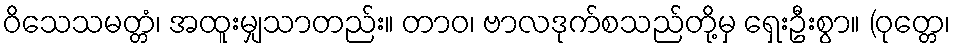
ဝိသေသမတ္တံ၊ အထူးမျှသာတည်း။ တာဝ၊ ဗာလဒုက်စသည်တို့မှ ရှေးဦးစွာ။ (ဝုတ္တေ၊